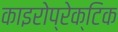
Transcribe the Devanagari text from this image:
काइरोप्रेक्टिक